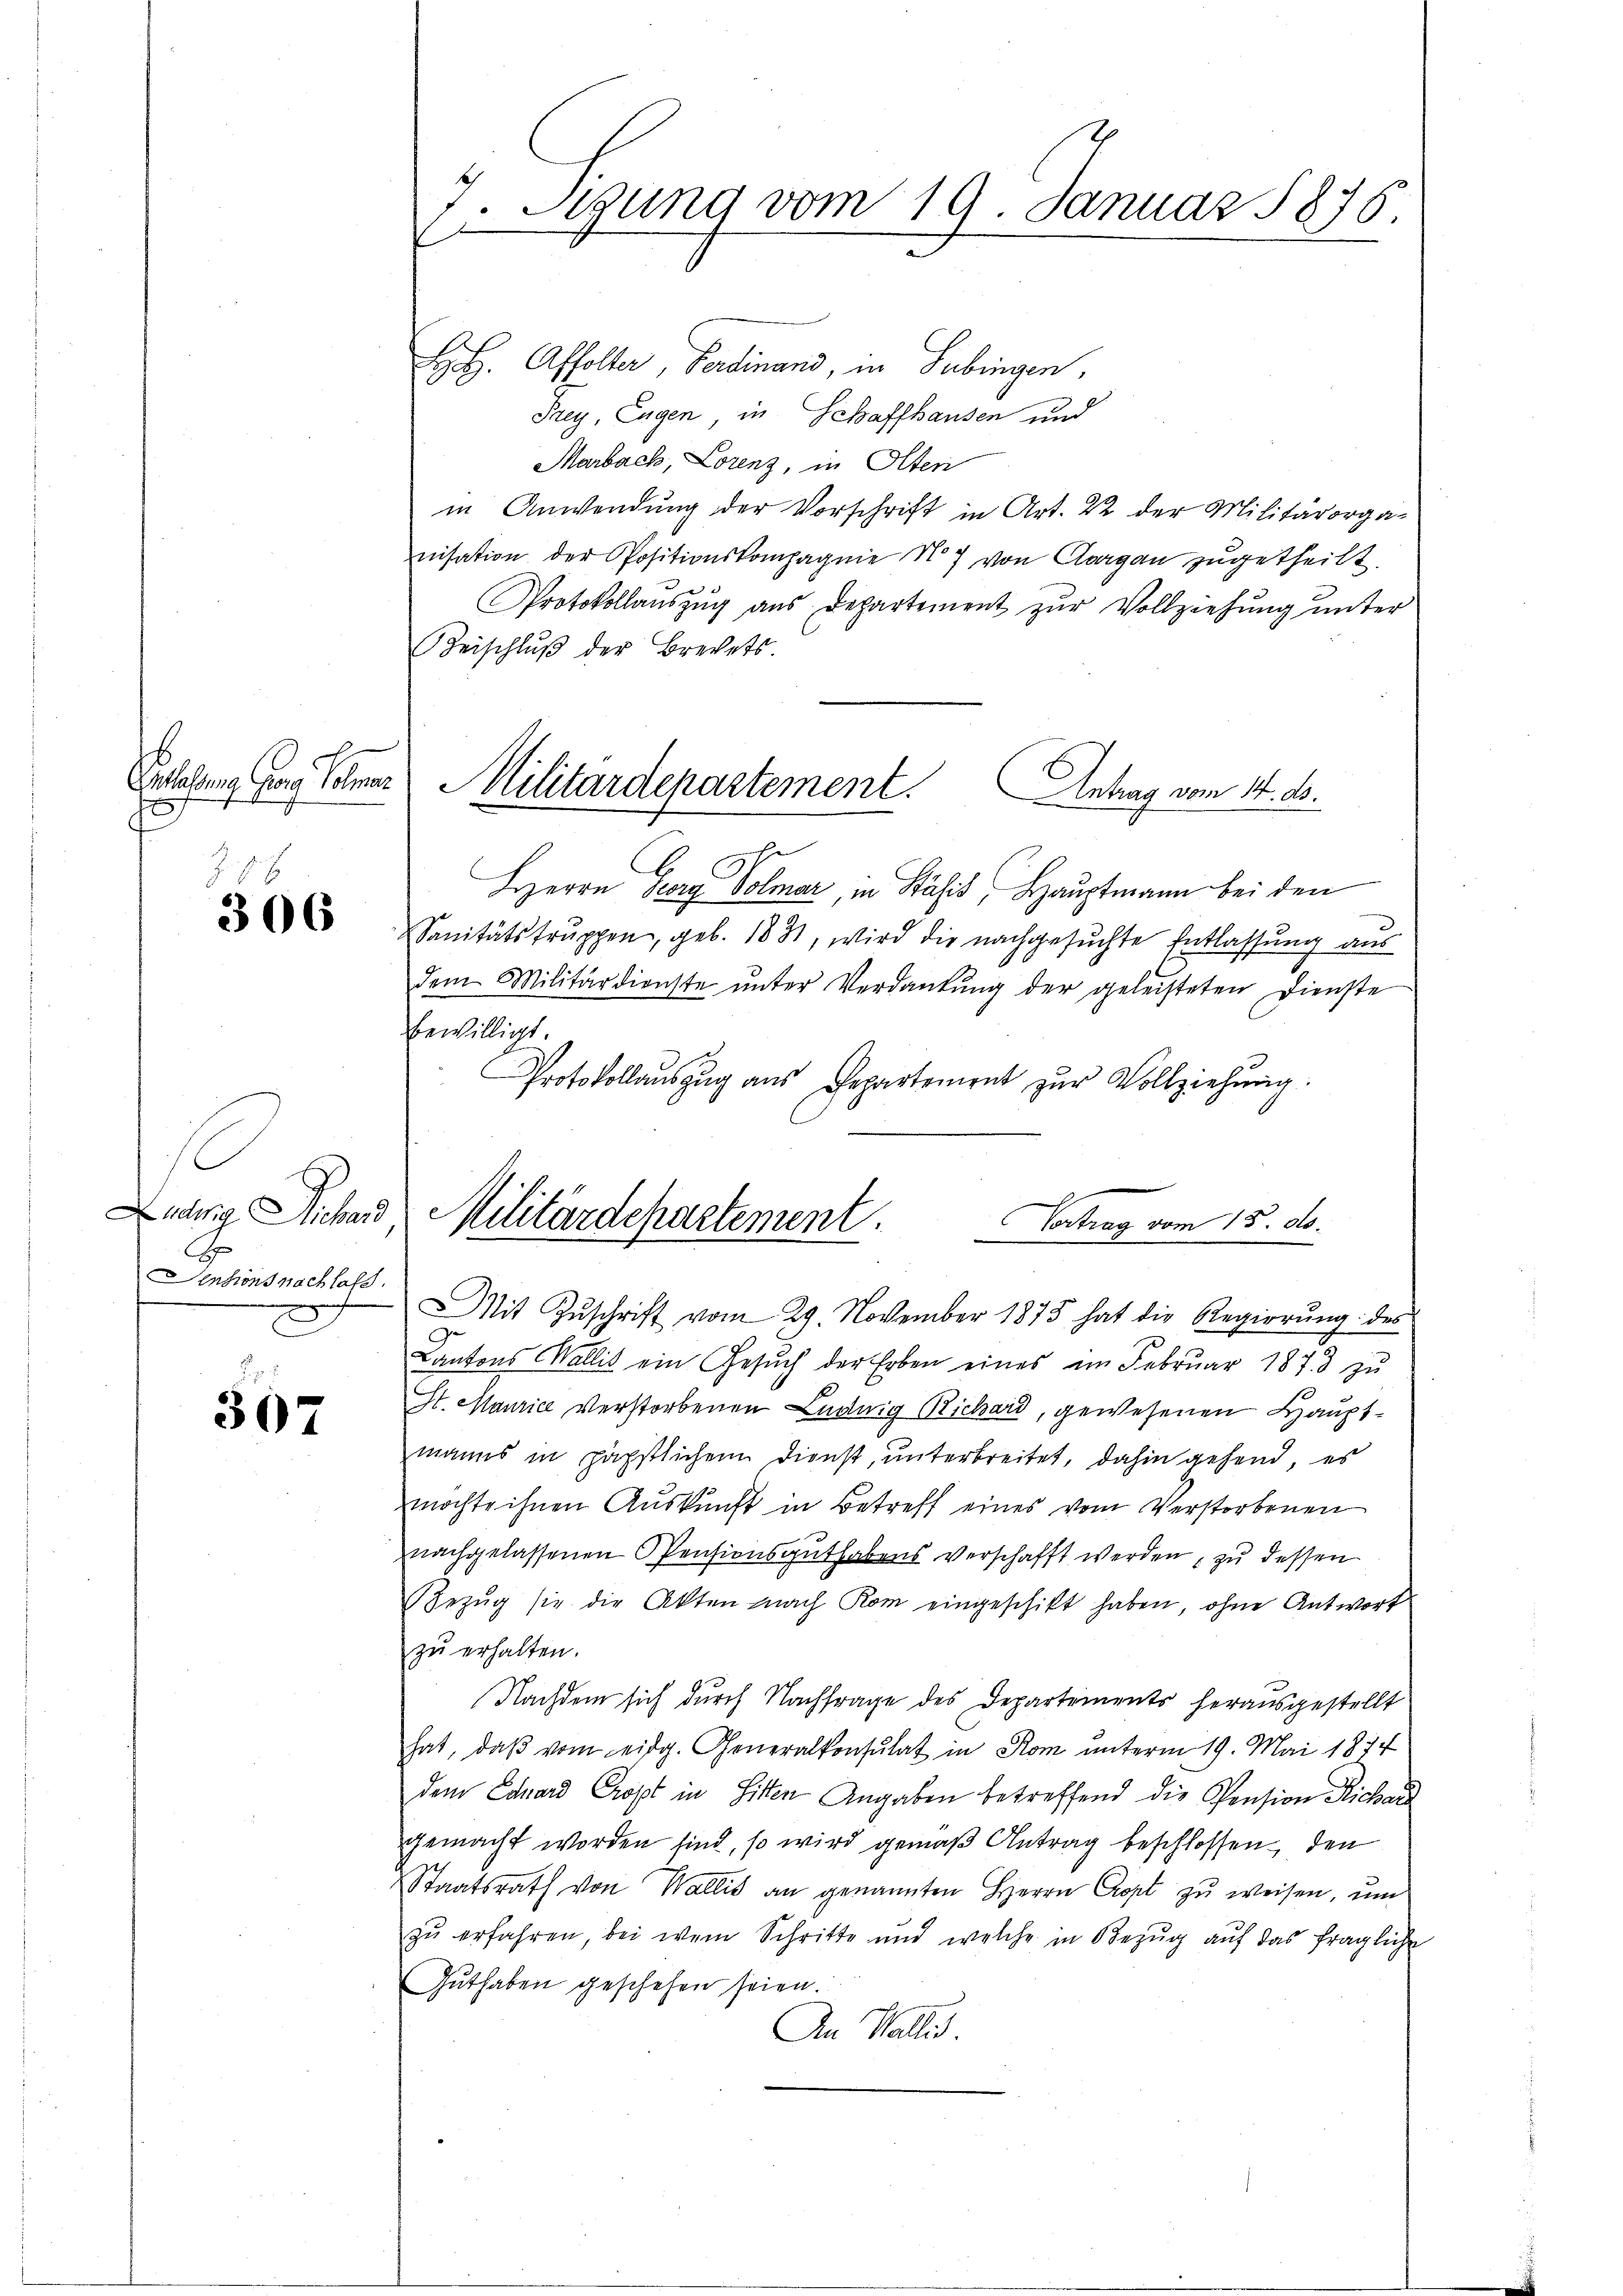
b
Entlaßung Georg Kolmar
f

306

s
Sentionsnachlass

307

Sigung vom 19. Januar 1876.
x

H. H. Affolter, Ferdinand, in Subingen,
Frey, Eugen, in Schaffhausen und
Marbach, Lorenz, in Olten
in Anwendung der Vorschrift in Art. 22 der Militärorganisation der Positionskompagnie No 7 von Aargau zugetheilt.
Protokollaŭszŭg aŭs Departement zŭr Vollziehŭng ŭnter
Beischlŭβ der Brechets.
Militärdepartement. Antrag vom 14. ds.
HHerrn Georg Volmar, in Stähis, Hauptmann bei den
Sanitätstruppen, geb. 1831, wird die nachgesuchte Entlassung aus
dem Militärdienste ŭnter Verdankŭng der geleisteten Dienste
bewilligt.
Protokollauszug aus Departement zur Vollziehung.
Ludwig Richard, Militärdepartement. Vortrag vom 15. ds.

Mit Zŭschrift vom 29. November 1875 hat die Regierŭng des
Cantons Wallis ein Gesŭch der Erben eines im Febrŭar 1873 zŭ
St. Maurice verstorbenen Luduig Richard, gewesenen Hauptmanns in päpstlichem Dienst, unterbreitet, dahin gehend, es
möchte ihnen Auskunft in Betreff eines vom Verstorbenen
nachgelassenen Pensionsguthabens verschafft werden, zu dessen
Bezŭg sie die Akten nach Rom eingeschikt haben, ohne Antwort
zu erhalten.
Nachdem sich durch Nachfrage des Departements herausgestellt
hat, daβ vom eidg. Generalkonsulat in Rom unterm 19. Mai 1874
dem Eduard Cropt in Sitten Angaben betreffend die Pension Richard
gemacht worden sind, so wird gemäß Antrag beschlossen, den
Staatsrath von Wallis an genannten Herrn Cropt zu weisen, um
zu erfahren, bei wenn Schritte und welche in Bezug auf das fragliche
Guthaben geschehen seien.
An Wallis.